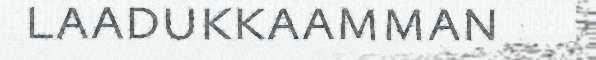
laadukkaamman